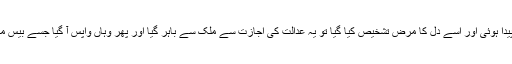
یہ وہی حمزہ شہباز ہے کہ جب اس کے گھر بیرون ملک بیٹی پیدا ہوئی اور اسے دل کا مرض تشخیص کیا گیا تو یہ عدالت کی اجازت سے ملک سے باہر گیا اور پھر وہاں واپس آ گیا جسے بیس میں سے انیس کروڑ زندہ ضمیر شہریوں کی جیل بنا دیا گیا ہے۔